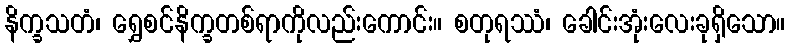
နိက္ခသတံ၊ ရွှေစင်နိက္ခတစ်ရာကိုလည်းကောင်း။ စတုရဿံ၊ ခေါင်းအုံးလေးခုရှိသော။